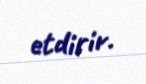
etdirir.